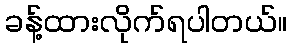
ခန့်ထားလိုက်ရပါတယ်။